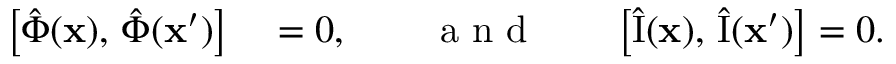
\begin{array} { r l } { \bigl [ \hat { \Phi } ( \mathbf { x } ) , \, \hat { \Phi } ( \mathbf { x } ^ { \prime } ) \bigr ] } & { { } = 0 , \qquad \mathrm { ~ a ~ n ~ d ~ } \qquad \bigl [ \hat { \mathrm { I } } ( \mathbf { x } ) , \, \hat { \mathrm { I } } ( \mathbf { x } ^ { \prime } ) \bigr ] = 0 . } \end{array}